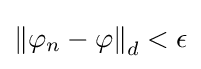
\left\|\varphi _{n}-\varphi \right\|_{d}<\epsilon